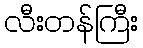
လီးတန်ကြီး